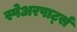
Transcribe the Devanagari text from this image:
स्पेअरपार्ट्स